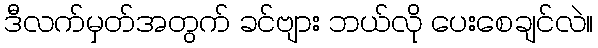
ဒီလက်မှတ်အတွက် ခင်ဗျား ဘယ်လို ပေးစေချင်လဲ။